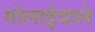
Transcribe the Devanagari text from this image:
गोलाईवाले